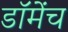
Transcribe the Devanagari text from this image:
डॉमेंच